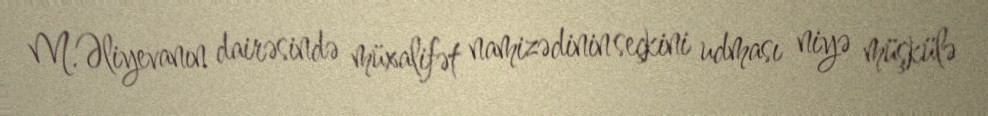
M.Əliyevanın dairəsində müxalifət namizədinin seçkini udması niyə müşkülə